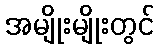
အမျိုးမျိုးတွင်